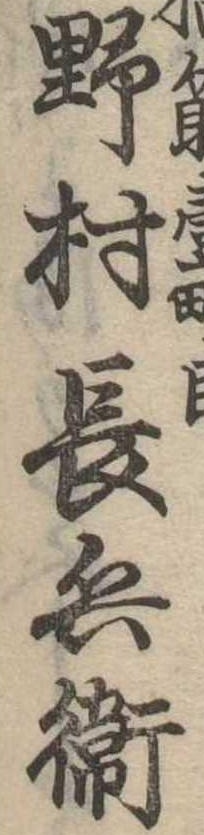
野村長兵衛